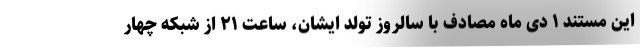
این مستند ۱ دی ماه مصادف با سالروز تولد ایشان، ساعت ۲۱ از شبکه چهار